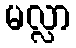
မလ္လာ